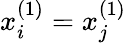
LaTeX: x_{i}^{(1)}=x_{j}^{(1)}